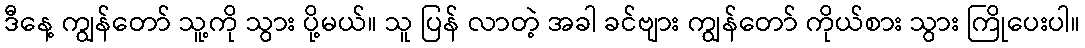
ဒီနေ့ ကျွန်တော် သူ့ကို သွား ပို့မယ်။ သူ ပြန် လာတဲ့ အခါ ခင်ဗျား ကျွန်တော် ကိုယ်စား သွား ကြိုပေးပါ။